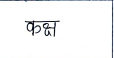
मजकूर: कक्ष